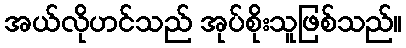
အယ်လိုဟင်သည် အုပ်စိုးသူဖြစ်သည်။